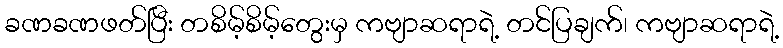
ခဏခဏဖတ်ပြီး တစိမ့်စိမ့်တွေးမှ ကဗျာဆရာရဲ့ တင်ပြချက်၊ ကဗျာဆရာရဲ့